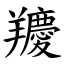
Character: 羻